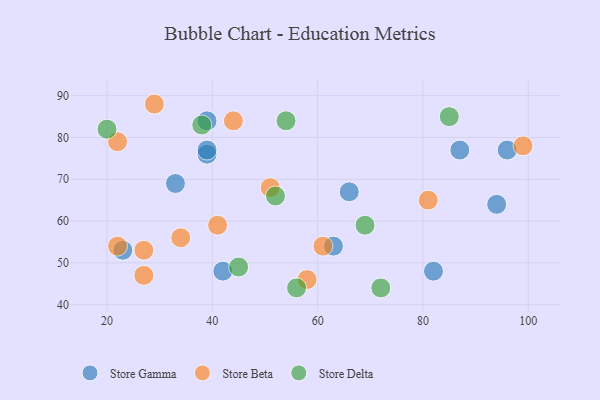
{"axis": {"x": "GDP", "y": "Life Expectancy"}, "legend": ["Store Beta", "Store Delta", "Store Gamma"], "data": [{"x": "39", "y": 76, "type": "Store Gamma"}, {"x": "63", "y": 54, "type": "Store Gamma"}, {"x": "39", "y": 77, "type": "Store Gamma"}, {"x": "39", "y": 84, "type": "Store Gamma"}, {"x": "96", "y": 77, "type": "Store Gamma"}, {"x": "66", "y": 67, "type": "Store Gamma"}, {"x": "94", "y": 64, "type": "Store Gamma"}, {"x": "87", "y": 77, "type": "Store Gamma"}, {"x": "23", "y": 53, "type": "Store Gamma"}, {"x": "42", "y": 48, "type": "Store Gamma"}, {"x": "33", "y": 69, "type": "Store Gamma"}, {"x": "82", "y": 48, "type": "Store Gamma"}, {"x": "41", "y": 59, "type": "Store Beta"}, {"x": "99", "y": 78, "type": "Store Beta"}, {"x": "22", "y": 54, "type": "Store Beta"}, {"x": "22", "y": 79, "type": "Store Beta"}, {"x": "58", "y": 46, "type": "Store Beta"}, {"x": "27", "y": 47, "type": "Store Beta"}, {"x": "61", "y": 54, "type": "Store Beta"}, {"x": "34", "y": 56, "type": "Store Beta"}, {"x": "29", "y": 88, "type": "Store Beta"}, {"x": "51", "y": 68, "type": "Store Beta"}, {"x": "27", "y": 53, "type": "Store Beta"}, {"x": "44", "y": 84, "type": "Store Beta"}, {"x": "81", "y": 65, "type": "Store Beta"}, {"x": "69", "y": 59, "type": "Store Delta"}, {"x": "52", "y": 66, "type": "Store Delta"}, {"x": "85", "y": 85, "type": "Store Delta"}, {"x": "45", "y": 49, "type": "Store Delta"}, {"x": "56", "y": 44, "type": "Store Delta"}, {"x": "54", "y": 84, "type": "Store Delta"}, {"x": "38", "y": 83, "type": "Store Delta"}, {"x": "72", "y": 44, "type": "Store Delta"}, {"x": "20", "y": 82, "type": "Store Delta"}]}